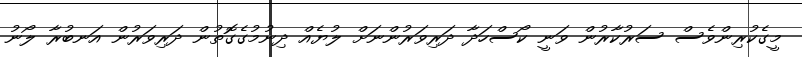
މީގެކުރިންވެސް ސަރުކާރުން ވަނީ ކޯސްހަދާ ދަރިވަރުންނަށް ލުޔެއް ދިނުމުގެގޮތުން ދަރިވަރުން އަނބުރާ ލޯނު